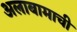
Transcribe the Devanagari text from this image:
अलाबामाची